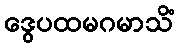
ဒွေပထမဂမာသိံ